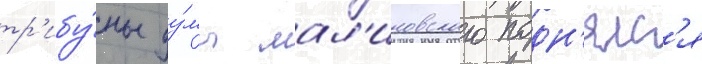
тр'ибу́ны ду́мы мал'иновского подн'ялс'я